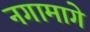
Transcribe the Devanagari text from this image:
नगामागे